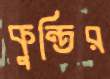
কুন্তির